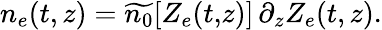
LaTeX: \begin{array}{r}{n_{e}(t,z)=\widetilde{n_{0}}\! \left[Z_{e}(t,\! z)\right]\, \partial_{z}Z_{e}(t,z).}\end{array}